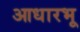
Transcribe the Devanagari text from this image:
आधारभू